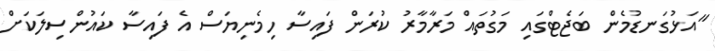
"އަޅުގަނޑުމެން ބަޖެޓްގައި މަގުތައް މަރާމާރު ކުރަން ފައިސާ ހިމެނިޔަސް އެ ފައިސާ ކައުންސިލަކަށް